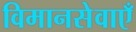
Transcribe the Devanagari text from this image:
विमानसेवाएँ